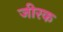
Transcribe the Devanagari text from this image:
जीरक